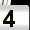
Digit: 4